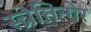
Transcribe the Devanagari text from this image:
स्च्रेत्तिन्गेर